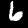
Digit: 6